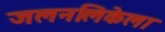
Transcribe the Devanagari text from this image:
जलनलिकेला